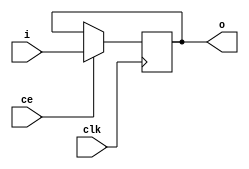
`timescale 1ns / 1ps
//-----------------------------------------------
// Company: agh
// Description: delay line using DFF 
//-----------------------------------------------
module del_x_x #
(
  parameter width=1,
  parameter length=1
)
(
  input clk,
  input ce,
  input [width-1:0] i,
  output [width-1:0] o
);
//-----------------------------------------------
reg[width*length-1:0] line=4096'b0;
//-----------------------------------------------
always @(posedge clk)
begin
  if(ce) line<={line,i};
end
//-----------------------------------------------
assign o=line[width*length-1:width*(length-1)];
//-----------------------------------------------
endmodule
//-----------------------------------------------